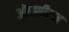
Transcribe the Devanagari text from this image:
ऑक्सीटन